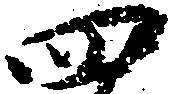
四